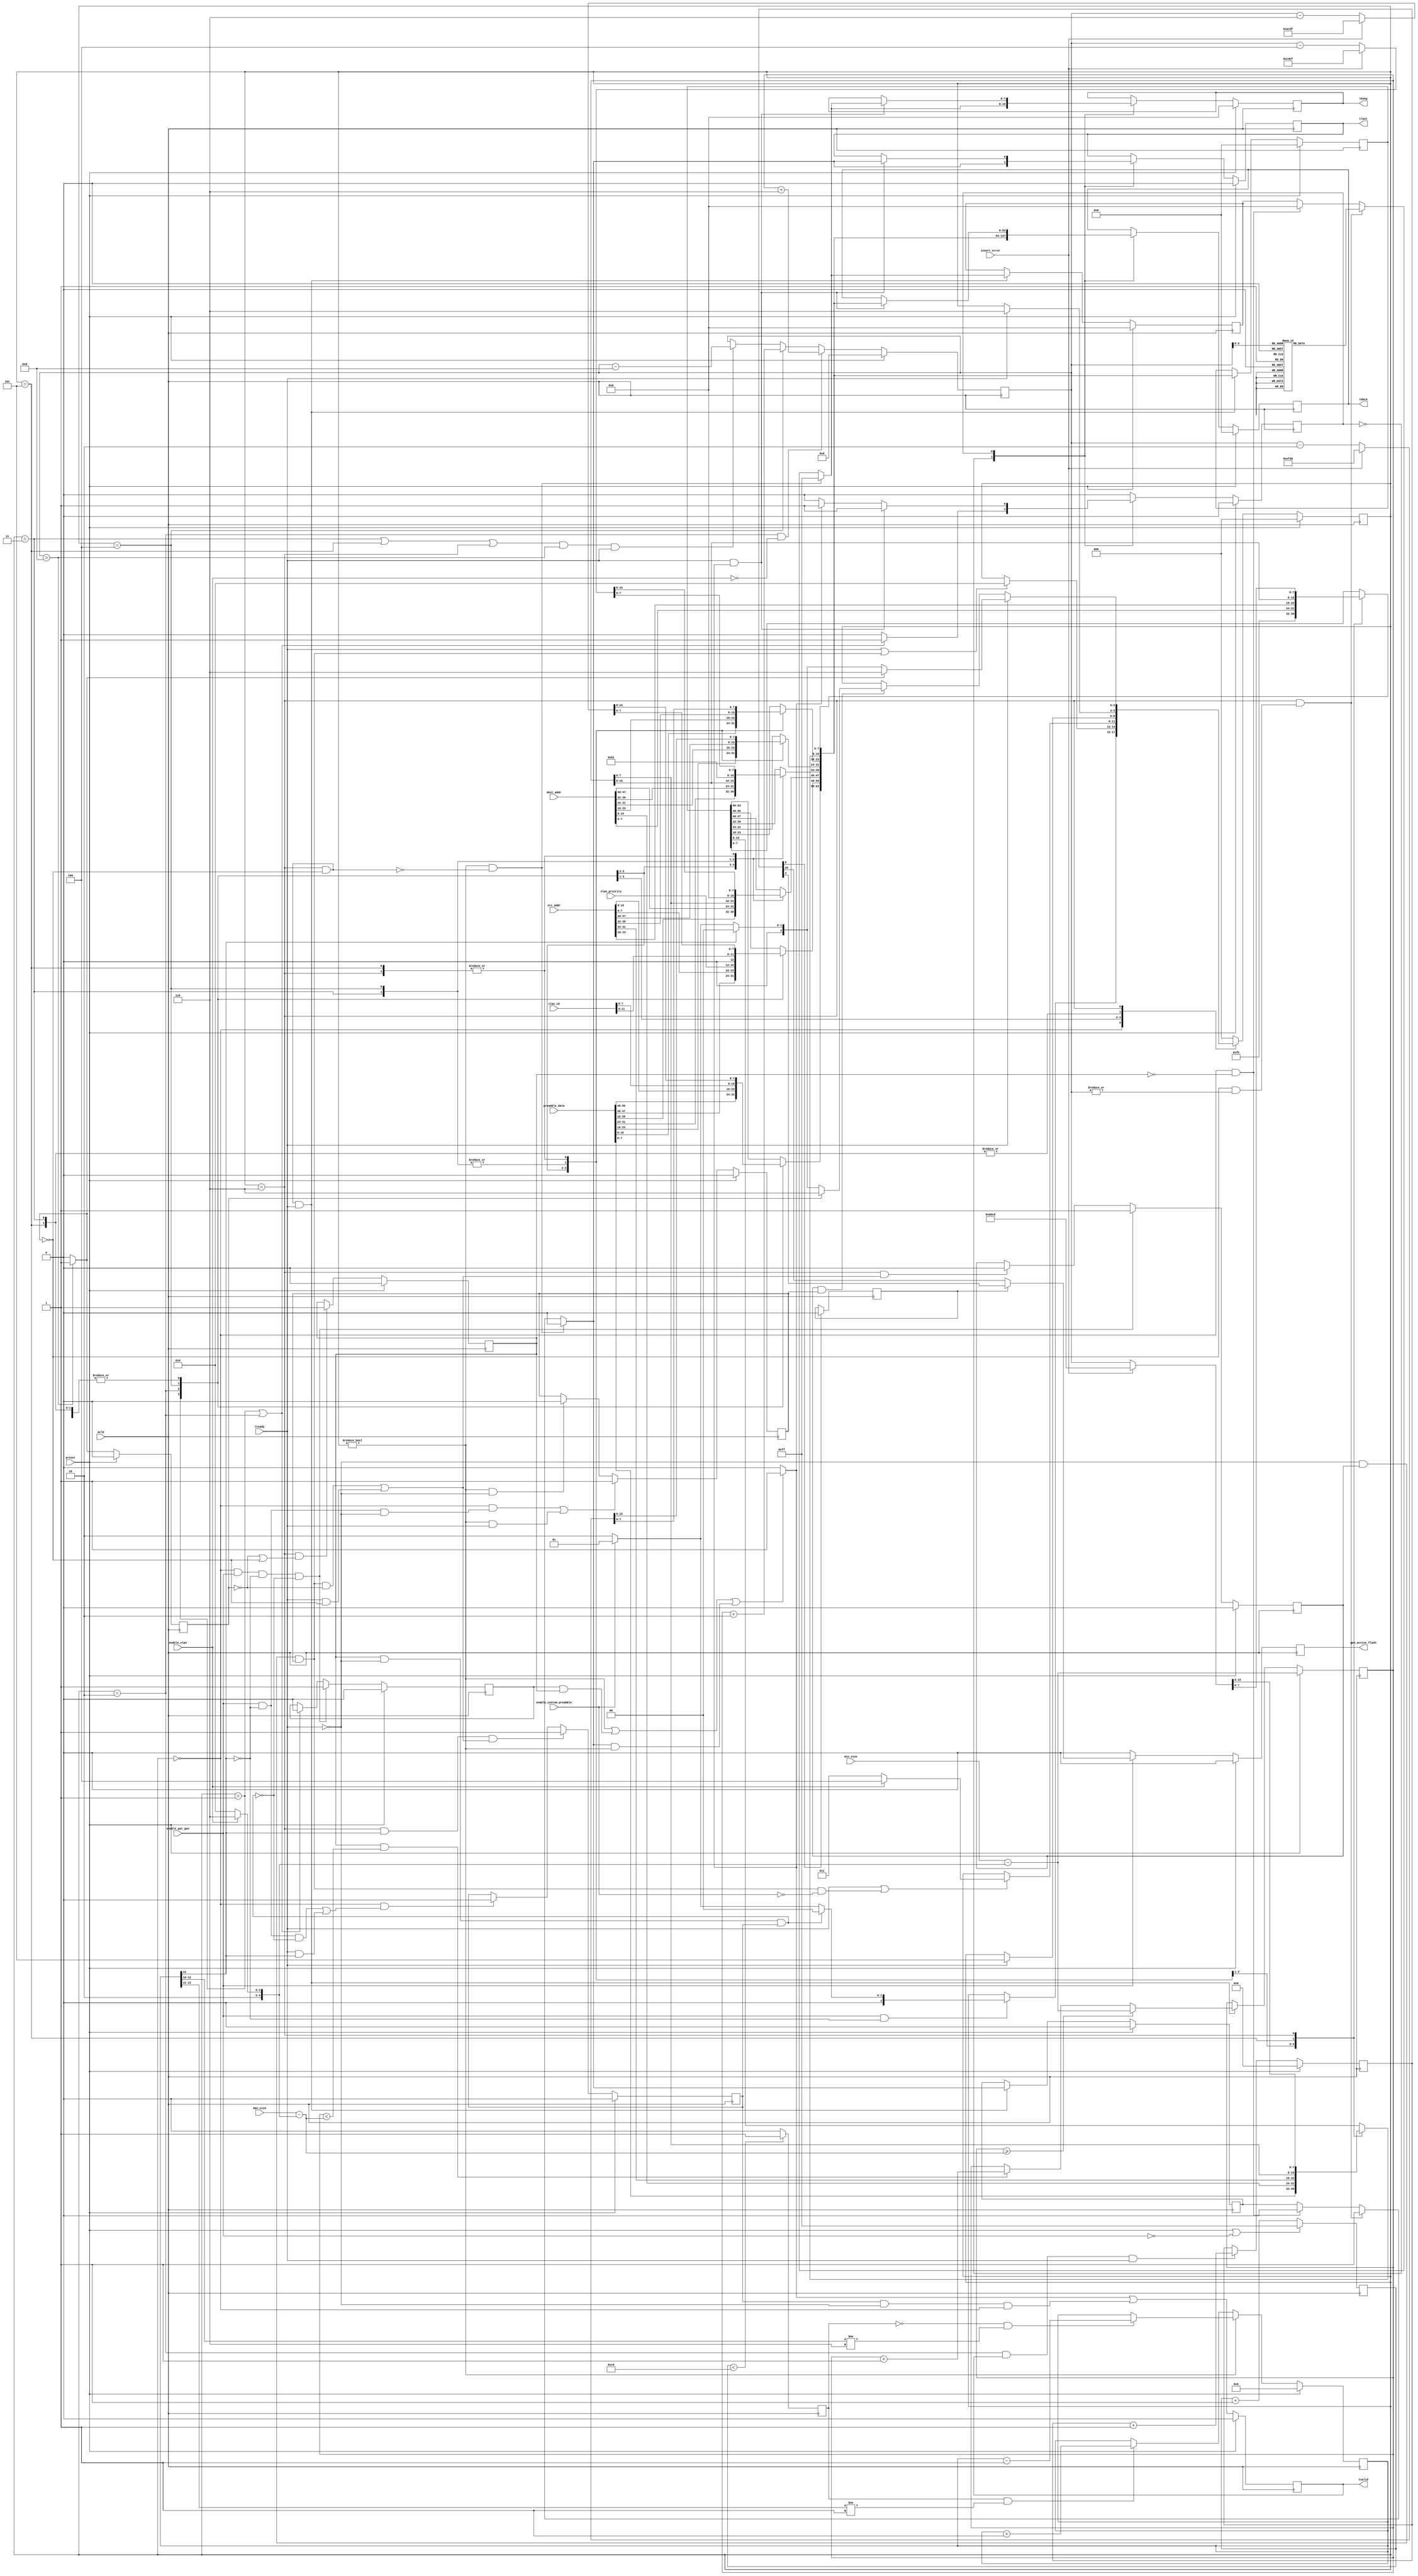
// ----------------------------------------------------------------------------
// (c) Copyright 2014 Xilinx, Inc. All rights reserved.
//
// This file contains confidential and proprietary information
// of Xilinx, Inc. and is protected under U.S. and
// international copyright and other intellectual property
// laws.
//
// DISCLAIMER
// This disclaimer is not a license and does not grant any
// rights to the materials distributed herewith. Except as
// otherwise provided in a valid license issued to you by
// Xilinx, and to the maximum extent permitted by applicable
// law: (1) THESE MATERIALS ARE MADE AVAILABLE "AS IS" AND
// WITH ALL FAULTS, AND XILINX HEREBY DISCLAIMS ALL WARRANTIES
// AND CONDITIONS, EXPRESS, IMPLIED, OR STATUTORY, INCLUDING
// BUT NOT LIMITED TO WARRANTIES OF MERCHANTABILITY, NON-
// INFRINGEMENT, OR FITNESS FOR ANY PARTICULAR PURPOSE; and
// (2) Xilinx shall not be liable (whether in contract or tort,
// including negligence, or under any other theory of
// liability) for any loss or damage of any kind or nature
// related to, arising under or in connection with these
// materials, including for any direct, or any indirect,
// special, incidental, or consequential loss or damage
// (including loss of data, profits, goodwill, or any type of
// loss or damage suffered as a result of any action brought
// by a third party) even if such damage or loss was
// reasonably foreseeable or Xilinx had been advised of the
// possibility of the same.
//
// CRITICAL APPLICATIONS
// Xilinx products are not designed or intended to be fail-
// safe, or for use in any application requiring fail-safe
// performance, such as life-support or safety devices or
// systems, Class III medical devices, nuclear facilities,
// applications related to the deployment of airbags, or any
// other applications that could lead to death, personal
// injury, or severe property or environmental damage
// (individually and collectively, "Critical
// Applications"). Customer assumes the sole risk and
// liability of any use of Xilinx products in Critical
// Applications, subject only to applicable laws and
// regulations governing limitations on product liability.
//
// THIS COPYRIGHT NOTICE AND DISCLAIMER MUST BE RETAINED AS
// PART OF THIS FILE AT ALL TIMES.
// ----------------------------------------------------------------------------
//------------------------------------------------------------------------------------------
// Title      : Frame generator
// Project    : 10G Gigabit Ethernet
//------------------------------------------------------------------------------------------
// -----------------------------------------------------------------------------------------
// Description: This is a very simple pattern generator which will generate packets
//              with the supplied dest_addr and src_addr and incrementing data.  The packet size
//              increments between the min and max size (which can be set to the same value if a
//              specific size is required
//
//              the pattern generator is throttled by the FIFO hitting full which in turn
//              is throttled by the transmit rate of the MAC.  Since the example
//              design system does not use active flow control it is possible for the FIFO's to
//              overflow on RX.  To avoid this a basic rate controller is implemented which will
//              throttle the pattern generator output to below the maximum data rate.
//------------------------------------------------------------------------------------------

`timescale 1ps/1ps

(* dont_touch = "yes" *)
module axi_10g_ethernet_0_axi_pat_gen (
   input wire  [47:0]                  dest_addr,
   input wire  [47:0]                  src_addr,
   input wire  [14:0]                  max_size,
   input wire  [14:0]                  min_size,
   input wire                          enable_vlan,
   input wire  [11:0]                  vlan_id,
   input wire  [2:0]                   vlan_priority,
   input wire  [55:0]                  preamble_data,
   input wire                          enable_custom_preamble,

   input wire                          aclk,
   input wire                          areset,
   input wire                          insert_error,
   input wire                          enable_pat_gen,

   output reg  [63:0]                  tdata,
   output reg  [7:0]                   tkeep,
   output reg                          tvalid,
   output reg                          tlast,
   input  wire                         tready,
   output reg                          gen_active_flash
);

   // gen_state states
   localparam                          IDLE        = 0,
                                       PREAMBLE    = 1,
                                       ADDR        = 2,
                                       ADDR_TL_D   = 3,  // ADDRESS + TYPE/LENGTH + DATA
                                       ADDR_VLAN   = 4,  // ADDRESS + VLAN
                                       TL_D        = 5,  // TYPE/LENGTH + DATA
                                       DATA        = 6;  // DATA

   // data_out_state
   localparam                          REST_OF_FRAME = 1;

   // we want to use less than 100% bandwidth to account for clock PPM
   // difference between two connected peers' clock sources
   // The value of 200 gives 200/255 = 78.4%
   localparam                          BW          = 200;

   // used when custom preamble is enabled
   localparam                          START_CODE  = 8'hFB;



   // These registers hold the data that is being sent out
   reg         [15:0]                  gen_data_reg_7_6 = 16'd0;
   reg         [15:0]                  gen_data_reg_5_4 = 16'd0;
   reg         [15:0]                  gen_data_reg_3_2 = 16'd0;
   reg         [15:0]                  gen_data_reg_1_0 = 16'd0;

   reg         [15:0]                  byte_count       = 16'd0;
   reg         [3:0]                   header_count     = 4'd0;
   reg         [15:0]                  payload_size     = 16'd0;
   wire                                frame_bigger_8;
   reg                                 frame_bigger_8_reg = 0;
   reg         [2:0]                   gen_state        = 3'd0;
   wire        [5:0]                   pkt_adjust;
   wire        [31:0]                  vlan_header;

   // frame generation control signals
   reg                                 first_frame_gen_done = 0;
   reg                                 column_after_idle    = 0;
   reg                                 frame_after_idle     = 0;
   reg                                 frame_end;
   reg                                 gen_ahead;
   wire                                stay_in_idle;
   wire                                force_next_state;

   wire                                tvalid_int;
   reg                                 tlast_int      = 0;
   reg         [7:0]                   tkeep_int      = 8'd0;
   reg         [63:0]                  tdata_int      = 64'd0;
   reg                                 tlast_int_reg  = 0;
   reg         [7:0]                   tkeep_int_reg  = 8'd0;
   reg         [63:0]                  tdata_int_reg  = 64'd0;


   reg         [20:0]                  gen_active_count = 21'd0;

   // rate control signals
   reg         [7:0]                   basic_rc_counter;
   reg                                 add_credit;
   reg         [12:0]                  credit_count;
   reg                                 fast_flash = 1'b1;

   reg                                  data_out_state;

   // rate control logic

   // first we need an always active counter to provide the credit control
   always @(posedge aclk)
   begin
      if (areset | !enable_pat_gen)
         basic_rc_counter              <= 255;
      else
         basic_rc_counter              <= basic_rc_counter + 1;
   end

   // now we need to set the compare level depending upon the selected speed
   // the credits are applied using a simple less-than check
   always @(posedge aclk)
   begin
      if (basic_rc_counter < BW)
         add_credit                    <= 1;
      else
         add_credit                    <= 0;
   end

   // basic credit counter - -ve value means do not send a frame
   always @(posedge aclk)
   begin
      if (areset)
         credit_count                  <= 0;
      else begin
         // if we are in frame
         if (gen_state != IDLE) begin
            if (!add_credit & credit_count[12:10] != 3'b110)  // stop decrementing at -2048
               credit_count            <= credit_count - 1;
         end
         else begin
            if (add_credit & credit_count[12:11] != 2'b01)    // stop incrementing at 2048
               credit_count            <= credit_count + 1;
         end
      end
   end

   // work out the adjustment required to get the right packet size.
   // 6(DA) + 6(SA) + 4(VLAN OPT) + 2(L/T) + 4(CRC)
   assign pkt_adjust                   = (enable_vlan) ? 22 : 18;

   // generate the vlan fields
   assign vlan_header                  = {8'h81, 8'h00, vlan_priority, 1'b0, vlan_id};

   // this should translate to an LED flashing
   // flash rate depends the size of frames being sent eg. small frames fast flashing
   always @(posedge aclk)
   begin
      if (areset)
         gen_active_flash              <= 0;
      else if (enable_pat_gen) begin
         if (fast_flash)
            gen_active_flash           <= gen_active_count[3];
         else
            gen_active_flash           <= gen_active_count[20];
      end
      else begin
         gen_active_flash              <= 0;
      end
   end


   // when the active_count is below 64 use a fast output for the flash
   always @(posedge aclk)
   begin
      if (gen_active_count[6])
         fast_flash                    <= 0;
   end

   // activity flash control
   always @(posedge aclk)
   begin
      if (areset)
         gen_active_count              <= 0;
      else if ((gen_state == ADDR) && tvalid && tready)
         gen_active_count              <= gen_active_count + 1;
   end

   // byte_count is used for data generation per columns

   always @(posedge aclk)
   begin
      if (areset) begin
         byte_count                    <= 0;
      end
      else if (gen_state == ADDR & !enable_vlan) begin
         byte_count                    <= payload_size + 6;
      end
      else if (gen_state == ADDR_VLAN) begin
         byte_count                    <= payload_size + 2;
      end
      else if (((gen_state == ADDR_TL_D || gen_state == TL_D || gen_state == DATA) &
                (byte_count > 8)) && (tready)) begin
         byte_count                    <= byte_count - 8;
      end
   end

   // generate data here

   always @(*)
   begin
      if (insert_error) begin
         gen_data_reg_1_0              = 16'habcd;
         gen_data_reg_3_2              = 16'hefab;
         gen_data_reg_5_4              = 16'hcdef;
         gen_data_reg_7_6              = 16'hacdf;
      end
      else begin
         gen_data_reg_1_0              = byte_count;
         gen_data_reg_3_2              = byte_count - 2;
         gen_data_reg_5_4              = byte_count - 4;
         gen_data_reg_7_6              = byte_count - 6;
      end
   end

   // adjust parameter values by 18 to allow for header and crc
   // so the payload_size can be issued directly in the size field
   // payload_size is updated at frame end only after the first frame has been generated

   always @(posedge aclk)
   begin
      if (areset) begin
         payload_size                  <= min_size - pkt_adjust;
      end
      else if ((gen_state == DATA) && !frame_bigger_8 && tready) begin
         if (payload_size >= (max_size - pkt_adjust)) begin
            payload_size               <= min_size - pkt_adjust;
         end
         else if (first_frame_gen_done && (payload_size < (max_size - pkt_adjust))) begin
            payload_size               <= payload_size + 1;
         end
      end
   end

   //--------------------------
   // Main state machine
   //--------------------------
   // (if preamble enabled)
   // 1st cycle : PREAMBLE
   // 2nd cycle : DA + SA
   // 3rd cycle : SA + L/T + DATA  OR!  SA + VLAN
   // 4th cycle : DATA OR! L/T + DATA
   // 5th cycle : DATA

   // (if preamble disabled)
   // 1st cycle : DA + SA
   // 2nd cycle : SA + L/T + DATA  OR!  SA + VLAN
   // 3rd cycle : DATA OR! L/T + DATA
   // 4th cycle : DATA

   // At startup state of tready is unknown therefore we have to generate a cycle ahead
   // regardless of tready state. This is achieved by asserting gen_ahead signal when tready is low
   // and de-asserted where appropriate.

   // Note here that the generated frame is one cycle behind the frame being output therefore
   // in IDLE state we check whether at frame_end there has been a high or low tready
   // If it has been low we have to wait in idle till we see tready asserted.



   // keep track of current frame size
   assign frame_bigger_8               = (byte_count > 8) ? 1 : 0;

   assign stay_in_idle                 = first_frame_gen_done && !tready && frame_end;
   assign force_next_state             = !tready && frame_after_idle && gen_ahead;

   // frame_bigger_8_reg is used in case there has been a low tready at the time the last column of the frame
   // would be transmitted

   always @(posedge aclk)
   begin
      if (areset) begin
         frame_bigger_8_reg            <= 0;
      end
      else begin
         frame_bigger_8_reg            <= frame_bigger_8;
      end
   end

   // first_frame_gen_done is set at the end of the generated frame and is driven low only by reset

   always @(posedge aclk)
   begin
      if (areset) begin
         first_frame_gen_done          <= 0;
      end
      else if ((gen_state == DATA) && (!frame_bigger_8_reg || !frame_bigger_8)) begin
         first_frame_gen_done          <= 1;
      end
   end

   // frame_after_idle is kept set when we come out from IDLE until we see a frame end
   always @(posedge aclk)
   begin
      if (areset) begin
         frame_after_idle              <= 0;
      end
      else if ((gen_state == IDLE) && enable_pat_gen && !credit_count[12] && !stay_in_idle) begin
         frame_after_idle              <= 1;
      end
      else if ((gen_state == DATA) &&
               ((force_next_state && !frame_bigger_8_reg) || (tready && !frame_bigger_8))) begin
         frame_after_idle              <= 0;
      end
   end

   // column_after_idle is set when we exit the IDLE frame generation state
   always @(posedge aclk)
   begin
      if (areset) begin
         column_after_idle             <= 0;
      end
      else if ((gen_state == IDLE) && enable_pat_gen && !credit_count[12] && !stay_in_idle) begin
         column_after_idle             <= 1;
      end
      else if ((gen_state == PREAMBLE) || (gen_state == ADDR)) begin
         column_after_idle             <= 0;
      end
   end

   // Frame_end is set when tready is high when we are at a point in a frame
   // that the generated column contains 8 or less data bytes.
   // It is also set when we should have seen a tready but we didn't

   always @(posedge aclk)
   begin
      if (areset) begin
         frame_end                     <= 0;
      end
      else if ((gen_state == DATA) && credit_count[12] &&
              ((!frame_bigger_8 && tready) || (force_next_state && !frame_bigger_8_reg))) begin
         frame_end                     <= 1;
      end
      else if ((gen_state == IDLE) && ((enable_pat_gen && !credit_count[12] && !stay_in_idle)
              || (tready && credit_count[12]))) begin
         frame_end                     <= 0;
      end
   end

   // At startup state of tready is unknown therefore we have to generate a cycle ahead
   // regardless of tready state. This is achieved by asserting gen_ahead signal when tready is low
   // and de-asserted where appropriate.

   always @(posedge aclk)
   begin
      if (areset) begin
         gen_ahead                     <= 0;
      end
      else if (((gen_state == IDLE) && (enable_pat_gen && !credit_count[12] && !tready))
               || ((gen_state != IDLE) && tready))begin
         gen_ahead                     <= 1;
      end
      else if ((gen_state != IDLE) && !tready) begin
         gen_ahead                     <= 0;
      end
   end

   always @(posedge aclk)
   begin
      if (areset) begin
         gen_state                     <= IDLE;
      end
      else begin
         case (gen_state)
            IDLE : begin
               if (enable_pat_gen & !credit_count[12]) begin
                  if (stay_in_idle) begin
                     gen_state         <= IDLE;
                  end
                  else begin
                     if (enable_custom_preamble) begin
                        gen_state      <= PREAMBLE;
                     end
                     else begin
                        gen_state      <= ADDR;
                     end
                  end
               end
            end
            PREAMBLE : begin
               if (tready || force_next_state) begin
                  gen_state            <= ADDR;
               end
            end
            ADDR : begin
               if (tready || (force_next_state && !enable_custom_preamble)) begin
                  if (enable_vlan) begin
                     gen_state         <= ADDR_VLAN;
                  end
                  else begin
                     gen_state         <= ADDR_TL_D;
                  end
               end
            end
            ADDR_TL_D : begin
               if (tready) begin
                  gen_state            <= DATA;
               end
            end
            ADDR_VLAN : begin
               if (tready) begin
                  gen_state            <= TL_D;
               end
            end
            TL_D : begin
               if (tready) begin
                  gen_state            <= DATA;
               end
            end
            DATA : begin
               if (tready) begin
                  if (frame_bigger_8) begin
                     gen_state         <= DATA;
                  end
                  else begin
                     if (!credit_count[12]) begin
                        if (enable_custom_preamble) begin
                           gen_state   <= PREAMBLE;
                        end
                        else begin
                           gen_state   <= ADDR;
                        end
                     end
                     else begin
                        gen_state      <= IDLE;
                     end
                  end
               end
               else begin
                  if (frame_after_idle && gen_ahead) begin
                     if (frame_bigger_8_reg) begin
                        gen_state      <= DATA;
                     end
                     else begin
                        if (!credit_count[12]) begin
                           if (enable_custom_preamble) begin
                              gen_state <= PREAMBLE;
                           end
                           else begin
                              gen_state <= ADDR;
                           end
                        end
                        else begin
                           gen_state   <= IDLE;
                        end
                     end
                  end
               end
            end
            default : begin
               gen_state               <= IDLE;
            end
         endcase
      end
   end

   // Flip-flop used as storage at the end of the frame
   always @(posedge aclk)
   begin
      if (areset) begin
         tdata_int_reg                 <= 64'd0;
         tkeep_int_reg                 <= 8'd0;
         tlast_int_reg                 <= 0;
      end
      else if ((gen_state == DATA) && !frame_bigger_8 && tready) begin
         tdata_int_reg                 <= tdata_int;
         tkeep_int_reg                 <= tkeep_int;
         tlast_int_reg                 <= tlast_int;
      end
   end


   always @(*)
   begin
       if (gen_state != IDLE && !(gen_state == DATA && !frame_bigger_8)) begin
          tkeep_int                    <= 8'b11111111;
          tlast_int                    <= 0;
       end
       else if (gen_state == DATA && !frame_bigger_8 & (|byte_count)) begin
          tlast_int <= 1;
          case (byte_count[3:0])
             4'd8 : tkeep_int          <= 8'b11111111;
             4'd7 : tkeep_int          <= 8'b01111111;
             4'd6 : tkeep_int          <= 8'b00111111;
             4'd5 : tkeep_int          <= 8'b00011111;
             4'd4 : tkeep_int          <= 8'b00001111;
             4'd3 : tkeep_int          <= 8'b00000111;
             4'd2 : tkeep_int          <= 8'b00000011;
             4'd1 : tkeep_int          <= 8'b00000001;
             default : tkeep_int       <= 8'b00000000;
          endcase
       end
       else if (gen_state == IDLE && !first_frame_gen_done)begin
          tlast_int                    <= 0;
          tkeep_int                    <= 8'b00000000;
       end
       else begin
          tlast_int                    <= tlast_int_reg;
          tkeep_int                    <= tkeep_int_reg;
       end
   end

   assign   tvalid_int                 = ((gen_state != IDLE) ||
                                          (column_after_idle && first_frame_gen_done) ||
                                          (tlast_int && gen_state != IDLE)) ? 1 : 0;


   // Form tdata_int here
   // opreg7to0

   always @(*)
   begin
      case (gen_state)
         PREAMBLE  : tdata_int[7:0]    <= START_CODE;
         ADDR      : tdata_int[7:0]    <= dest_addr[7:0];
         ADDR_TL_D : tdata_int[7:0]    <= src_addr[23:16];
         ADDR_VLAN : tdata_int[7:0]    <= src_addr[23:16];
         TL_D      : tdata_int[7:0]    <= payload_size[15:8];
         DATA      : tdata_int[7:0]    <= gen_data_reg_1_0[7:0];
         IDLE      : tdata_int[7:0]    <= tdata_int_reg[7:0];
         default   : tdata_int[7:0]    <= tdata_int_reg[7:0];
      endcase
   end

   // opreg15to8

   always @(*)
   begin
      case (gen_state)
         PREAMBLE  : tdata_int[15:8]   <= preamble_data[7:0];
         ADDR      : tdata_int[15:8]   <= dest_addr[15:8];
         ADDR_TL_D : tdata_int[15:8]   <= src_addr[31:24];
         ADDR_VLAN : tdata_int[15:8]   <= src_addr[31:24];
         TL_D      : tdata_int[15:8]   <= payload_size[7:0];
         DATA      : tdata_int[15:8]   <= gen_data_reg_1_0[15:8];
         IDLE      : tdata_int[15:8]   <= tdata_int_reg[15:8];
         default   : tdata_int[15:8]   <= tdata_int_reg[15:8];
      endcase
   end

   // opreg23to16

   always @(*)
   begin
      case (gen_state)
         PREAMBLE  : tdata_int[23:16]  <= preamble_data[15:8];
         ADDR      : tdata_int[23:16]  <= dest_addr[23:16];
         ADDR_TL_D : tdata_int[23:16]  <= src_addr[39:32];
         ADDR_VLAN : tdata_int[23:16]  <= src_addr[39:32];
         TL_D      : tdata_int[23:16]  <= gen_data_reg_3_2[7:0];
         DATA      : tdata_int[23:16]  <= gen_data_reg_3_2[7:0];
         IDLE      : tdata_int[23:16]  <= tdata_int_reg[23:16];
         default   : tdata_int[23:16]  <= tdata_int_reg[23:16];
      endcase
   end

   // opreg31to24

   always @(*)
   begin
      case (gen_state)
         PREAMBLE  : tdata_int[31:24]  <= preamble_data[23:16];
         ADDR      : tdata_int[31:24]  <= dest_addr[31:24];
         ADDR_TL_D : tdata_int[31:24]  <= src_addr[47:40];
         ADDR_VLAN : tdata_int[31:24]  <= src_addr[47:40];
         TL_D      : tdata_int[31:24]  <= gen_data_reg_3_2[15:8];
         DATA      : tdata_int[31:24]  <= gen_data_reg_3_2[15:8];
         IDLE      : tdata_int[31:24]  <= tdata_int_reg[31:24];
         default   : tdata_int[31:24]  <= tdata_int_reg[31:24];
      endcase
   end

   // opreg39to32

   always @(*)
   begin
      case (gen_state)
         PREAMBLE  : tdata_int[39:32]  <= preamble_data[31:24];
         ADDR      : tdata_int[39:32]  <= dest_addr[39:32];
         ADDR_TL_D : tdata_int[39:32]  <= payload_size[15:8];
         ADDR_VLAN : tdata_int[39:32]  <= vlan_header[31:24];
         TL_D      : tdata_int[39:32]  <= gen_data_reg_5_4[7:0];
         DATA      : tdata_int[39:32]  <= gen_data_reg_5_4[7:0];
         IDLE      : tdata_int[39:32]  <= tdata_int_reg[39:32];
         default   : tdata_int[39:32]  <= tdata_int_reg[39:32];
      endcase
   end

   // opreg47to40

   always @(*)
   begin
       case (gen_state)
         PREAMBLE  : tdata_int[47:40]  <= preamble_data[39:32];
         ADDR      : tdata_int[47:40]  <= dest_addr[47:40];
         ADDR_TL_D : tdata_int[47:40]  <= payload_size[7:0];
         ADDR_VLAN : tdata_int[47:40]  <= vlan_header[23:16];
         TL_D      : tdata_int[47:40]  <= gen_data_reg_5_4[15:8];
         DATA      : tdata_int[47:40]  <= gen_data_reg_5_4[15:8];
         IDLE      : tdata_int[47:40]  <= tdata_int_reg[47:40];
         default   : tdata_int[47:40]  <= tdata_int_reg[47:40];
      endcase
   end

   // opreg55to48

   always @(*)
   begin
      case (gen_state)
         PREAMBLE  : tdata_int[55:48]  <= preamble_data[47:40];
         ADDR      : tdata_int[55:48]  <= src_addr[7:0];
         ADDR_TL_D : tdata_int[55:48]  <= gen_data_reg_7_6[7:0];
         ADDR_VLAN : tdata_int[55:48]  <= vlan_header[15:8];
         TL_D      : tdata_int[55:48]  <= gen_data_reg_7_6[7:0];
         DATA      : tdata_int[55:48]  <= gen_data_reg_7_6[7:0];
         IDLE      : tdata_int[55:48]  <= tdata_int_reg[55:48];
         default   : tdata_int[55:48]  <= tdata_int_reg[55:48];
      endcase
   end

   // opreg63to56

   always @(*)
   begin
      case (gen_state)
         PREAMBLE  : tdata_int[63:56]  <= preamble_data[55:48];
         ADDR      : tdata_int[63:56]  <= src_addr[15:8];
         ADDR_TL_D : tdata_int[63:56]  <= gen_data_reg_7_6[15:8];
         ADDR_VLAN : tdata_int[63:56]  <= vlan_header[7:0];
         TL_D      : tdata_int[63:56]  <= gen_data_reg_7_6[15:8];
         DATA      : tdata_int[63:56]  <= gen_data_reg_7_6[15:8];
         IDLE      : tdata_int[63:56]  <= tdata_int_reg[63:56];
         default   : tdata_int[63:56]  <= tdata_int_reg[63:56];
      endcase
   end

   //---------------------------------------------
   // Push generated data to output state machine
   //---------------------------------------------
   // Output data is a clock cycle behind the generated data
   // Note that tvalid_int represents the valid signal of the generated frame and not the
   // frame that is being output
   // If there has been a frame_end with a low tready valid_out has to be kept
   // high until we see a tready therefore the additional term after tvalid_int

   // Once we got past IDLE we only want to refresh the data when both tready and tvalid_int are set


   always @ (posedge aclk)
   begin
      if (areset) begin
         tdata                         <= 64'd0;
         tkeep                         <= 8'd0;
         tlast                         <= 0;
         tvalid                        <= 0;
         data_out_state                <= IDLE;
      end
      else begin
         case (data_out_state)
            IDLE : begin
               tvalid                  <= tvalid_int || (frame_end && !tready && gen_state == IDLE);
               tdata                   <= tdata_int;
               tkeep                   <= tkeep_int;
               tlast                   <= tlast_int;
               if(gen_state == PREAMBLE || gen_state == ADDR) begin
                  data_out_state       <= REST_OF_FRAME;
               end
            end
            REST_OF_FRAME : begin
               tvalid                  <= tvalid_int || (frame_end && !tready && gen_state == IDLE);
               if(tready && tvalid_int) begin
                  tdata                <= tdata_int;
                  tkeep                <= tkeep_int;
                  tlast                <= tlast_int;
               end
               else if (!tvalid_int) begin
                  data_out_state       <= IDLE;
               end
            end
            default : begin
               data_out_state          <= IDLE;
            end
         endcase
      end
   end

endmodule